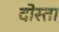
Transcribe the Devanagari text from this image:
दोस्ता